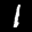
Label: 1